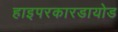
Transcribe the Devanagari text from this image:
हाइपरकारडायोड